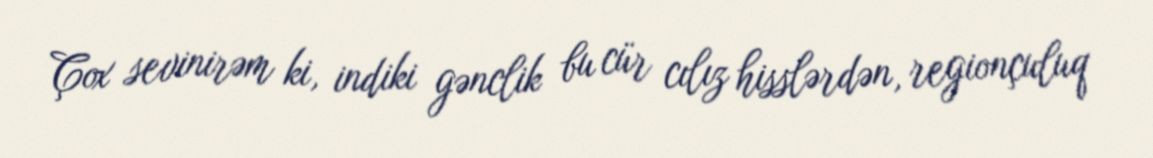
Çox sevinirəm ki, indiki gənclik bu cür cılız hisslərdən, regionçuluq